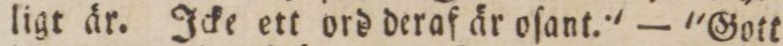
ligt är. Icke ett ord deraf är oſant.' — 'Gott